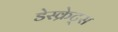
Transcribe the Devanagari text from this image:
डेस्क्रेट्स